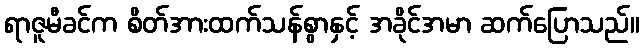
ရာဇူမီခင်က စိတ်အားထက်သန်စွာနှင့် အခိုင်အမာ ဆက်ပြောသည်။